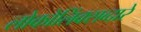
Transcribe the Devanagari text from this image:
लोकोलिंक्सव्दारे